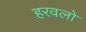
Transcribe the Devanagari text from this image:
हरवलो